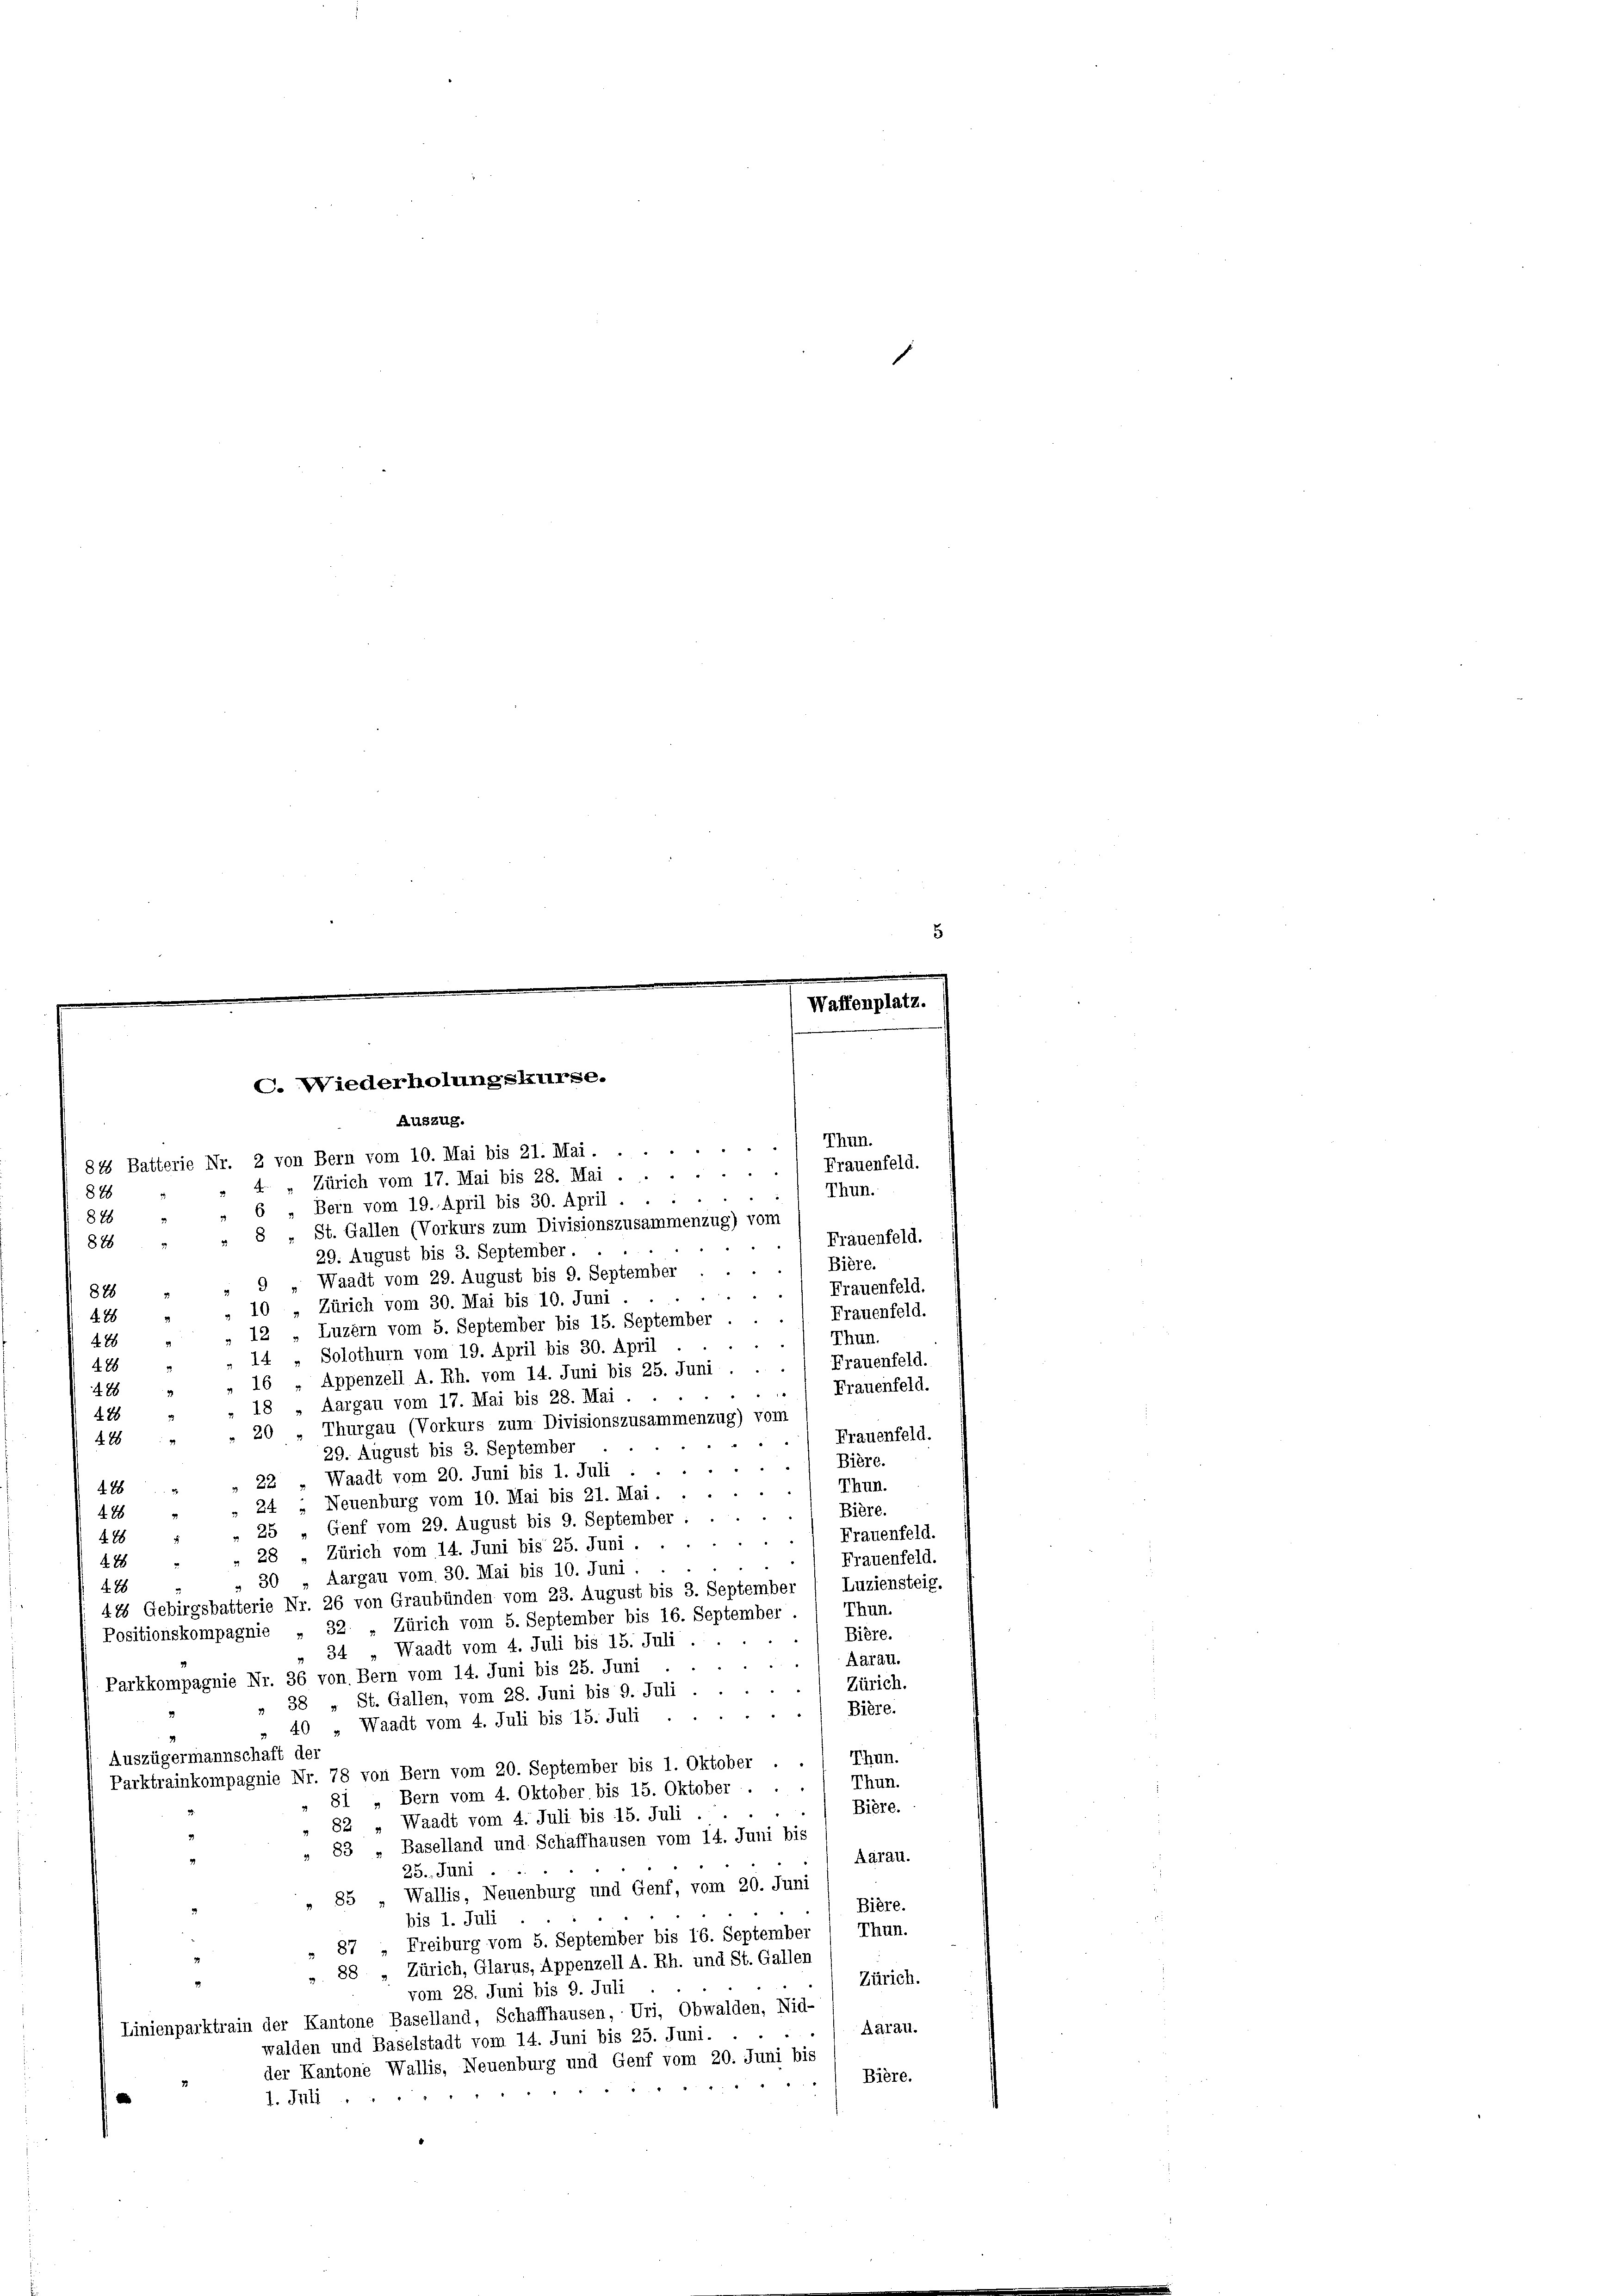
Thun.

) Frauenfeld.
4 " Zürich vom 17. Mai bis 28. Mai.
Thun.
828
6 „Bern vom 19. April bis 30. April.
848
8 „ St. Gallen (Vorkurs zum Divisionszusammenzug) vom
Frauenfeld.
88
29. August bis 3. September.
Bière.
i
Waadt vom 29. August bis 9. September
Frauenfeld.
886
10 „Zürich vom 30. Mai bis 10. Juni
Frauenfeld.
4. 28
.
12 „Luzern vom 5. September bis 15. September
) Thun.
4
428
14 „Solothurn vom 19. April bis 30. April
Frauenfeld.
486
16 „Appenzell A. Rh. vom 14. Juni bis 25. Juni
Frauenfeld.
4764
18 „Aargau vom 17. Mai bis 28. Mai .
428
20 „ Thurgau (Vorkurs zum Divisionszusammenzug) vom
Frauenfeld.
228 "
29. August bis 3. September
Bière.
Waadt vom 20. Juni bis 1. Juli :
22
Thun.
428
24 „Neuenburg vom 10. Mai bis 21. Mai.
Bière.
476
25 „Genf vom 29. August bis 9. September
Frauenfeld.
488
Zürich vom 14. Juni bis 25. Juni.
28.
Frauenfeld.
428
Aargau vom 30. Mai bis 10. Juni.
30
Luziensteig.
4. 18
41 Gebirgsbatterie Nr. 26 von Graubünden vom 23. August bis 3. September
Thun.
Positionskompagnie „ 32. „Zürich vom 5. September bis 16. September
Bière.
34 „Waadt vom 4. Juli bis 15. Juli.
Aarau.
Parkkompagnie Nr. 36 von. Bern vom 14. Juni bis 25. Juni
Zürich.
38 St. Gallen, vom 28. Juni bis 9. Juli
Bière.
Waadt vom 4. Juli bis 15. Juli ..
40
Auszügermannschaft der
Thun.
Parktrainkompagnie Nr. 78 von Bern vom 20. September bis 1. Oktober
Thun.
81 „Bern vom 4. Oktober, bis 15. Oktober ...
Bière.
Waadt vom 4. Juli bis 15. Juli .
82
" 83 „Baselland und Schaffhausen vom 14. Juni bis
Aarau.
25. Juni
„ 85 „Wallis, Neuenburg und Genf, vom 20. Juni
Bière.
bis 1. Juli
Thun.
Freiburg vom 5. September bis 16. September
87
88 „Zürich, Glarus, Appenzell A. Rh. und St. Gallen
Zürich.
vom 28. Juni bis 9. Juli
Linienparktrain der Kantone Baselland, Schaffhausen, Uri, Obwalden, Nid-
Aarau.
walden und Baselstadt vom 14. Juni bis 25. Juni.
der Kantone Wallis, Neuenburg und Genf vom 20. Juni bis
Bière.

1. Juli

C. Wiederholungskurse.
Auszug.
84 Batterie Nr. 2 von Bern vom 10. Mai bis 21. Mai.